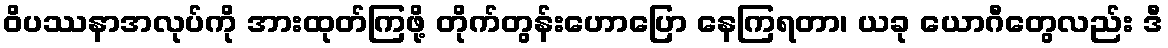
ဝိပဿနာအလုပ်ကို အားထုတ်ကြဖို့ တိုက်တွန်းဟောပြော နေကြရတာ၊ ယခု ယောဂီတွေလည်း ဒီ